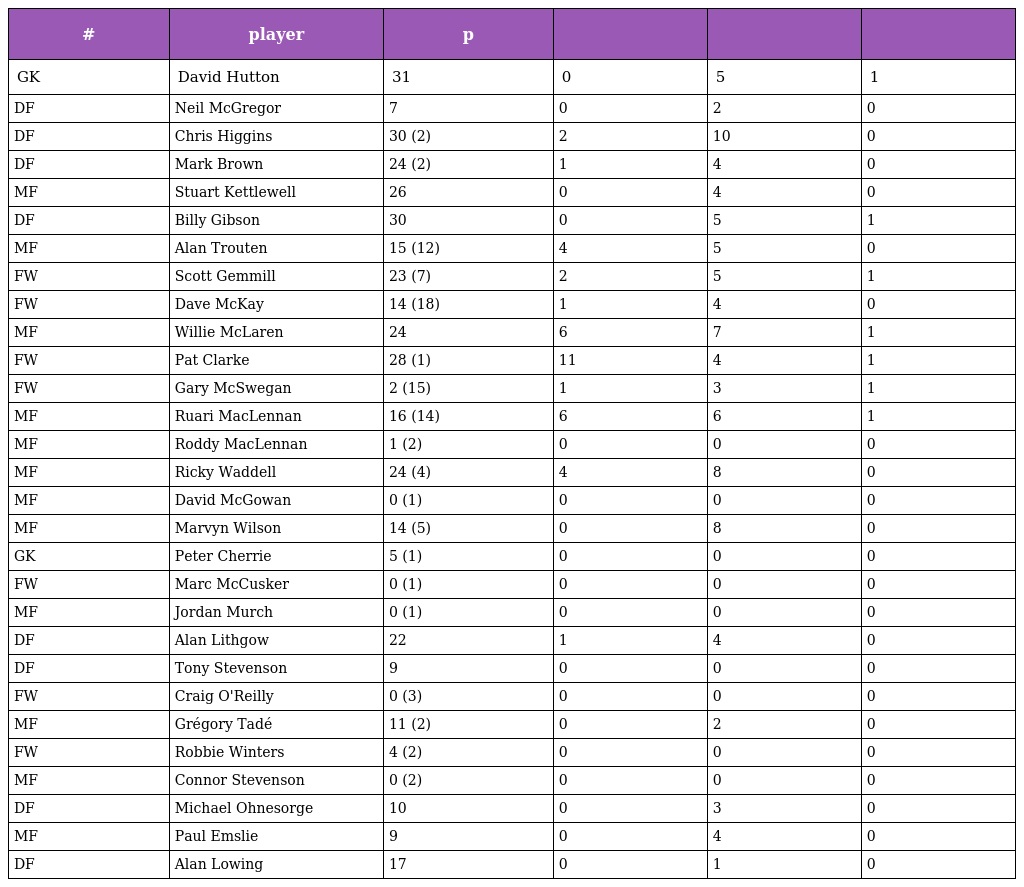
| # | player | p |  |  |  |
 | --- | --- | --- | --- | --- | --- |
 | GK | David Hutton | 31 | 0 | 5 | 1 |
 | DF | Neil McGregor | 7 | 0 | 2 | 0 |
 | DF | Chris Higgins | 30 (2) | 2 | 10 | 0 |
 | DF | Mark Brown | 24 (2) | 1 | 4 | 0 |
 | MF | Stuart Kettlewell | 26 | 0 | 4 | 0 |
 | DF | Billy Gibson | 30 | 0 | 5 | 1 |
 | MF | Alan Trouten | 15 (12) | 4 | 5 | 0 |
 | FW | Scott Gemmill | 23 (7) | 2 | 5 | 1 |
 | FW | Dave McKay | 14 (18) | 1 | 4 | 0 |
 | MF | Willie McLaren | 24 | 6 | 7 | 1 |
 | FW | Pat Clarke | 28 (1) | 11 | 4 | 1 |
 | FW | Gary McSwegan | 2 (15) | 1 | 3 | 1 |
 | MF | Ruari MacLennan | 16 (14) | 6 | 6 | 1 |
 | MF | Roddy MacLennan | 1 (2) | 0 | 0 | 0 |
 | MF | Ricky Waddell | 24 (4) | 4 | 8 | 0 |
 | MF | David McGowan | 0 (1) | 0 | 0 | 0 |
 | MF | Marvyn Wilson | 14 (5) | 0 | 8 | 0 |
 | GK | Peter Cherrie | 5 (1) | 0 | 0 | 0 |
 | FW | Marc McCusker | 0 (1) | 0 | 0 | 0 |
 | MF | Jordan Murch | 0 (1) | 0 | 0 | 0 |
 | DF | Alan Lithgow | 22 | 1 | 4 | 0 |
 | DF | Tony Stevenson | 9 | 0 | 0 | 0 |
 | FW | Craig O'Reilly | 0 (3) | 0 | 0 | 0 |
 | MF | Grégory Tadé | 11 (2) | 0 | 2 | 0 |
 | FW | Robbie Winters | 4 (2) | 0 | 0 | 0 |
 | MF | Connor Stevenson | 0 (2) | 0 | 0 | 0 |
 | DF | Michael Ohnesorge | 10 | 0 | 3 | 0 |
 | MF | Paul Emslie | 9 | 0 | 4 | 0 |
 | DF | Alan Lowing | 17 | 0 | 1 | 0 |